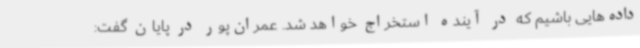
داده‌هایی باشیم که در آینده استخراج خواهد شد. عمران‌پور در پایان گفت: